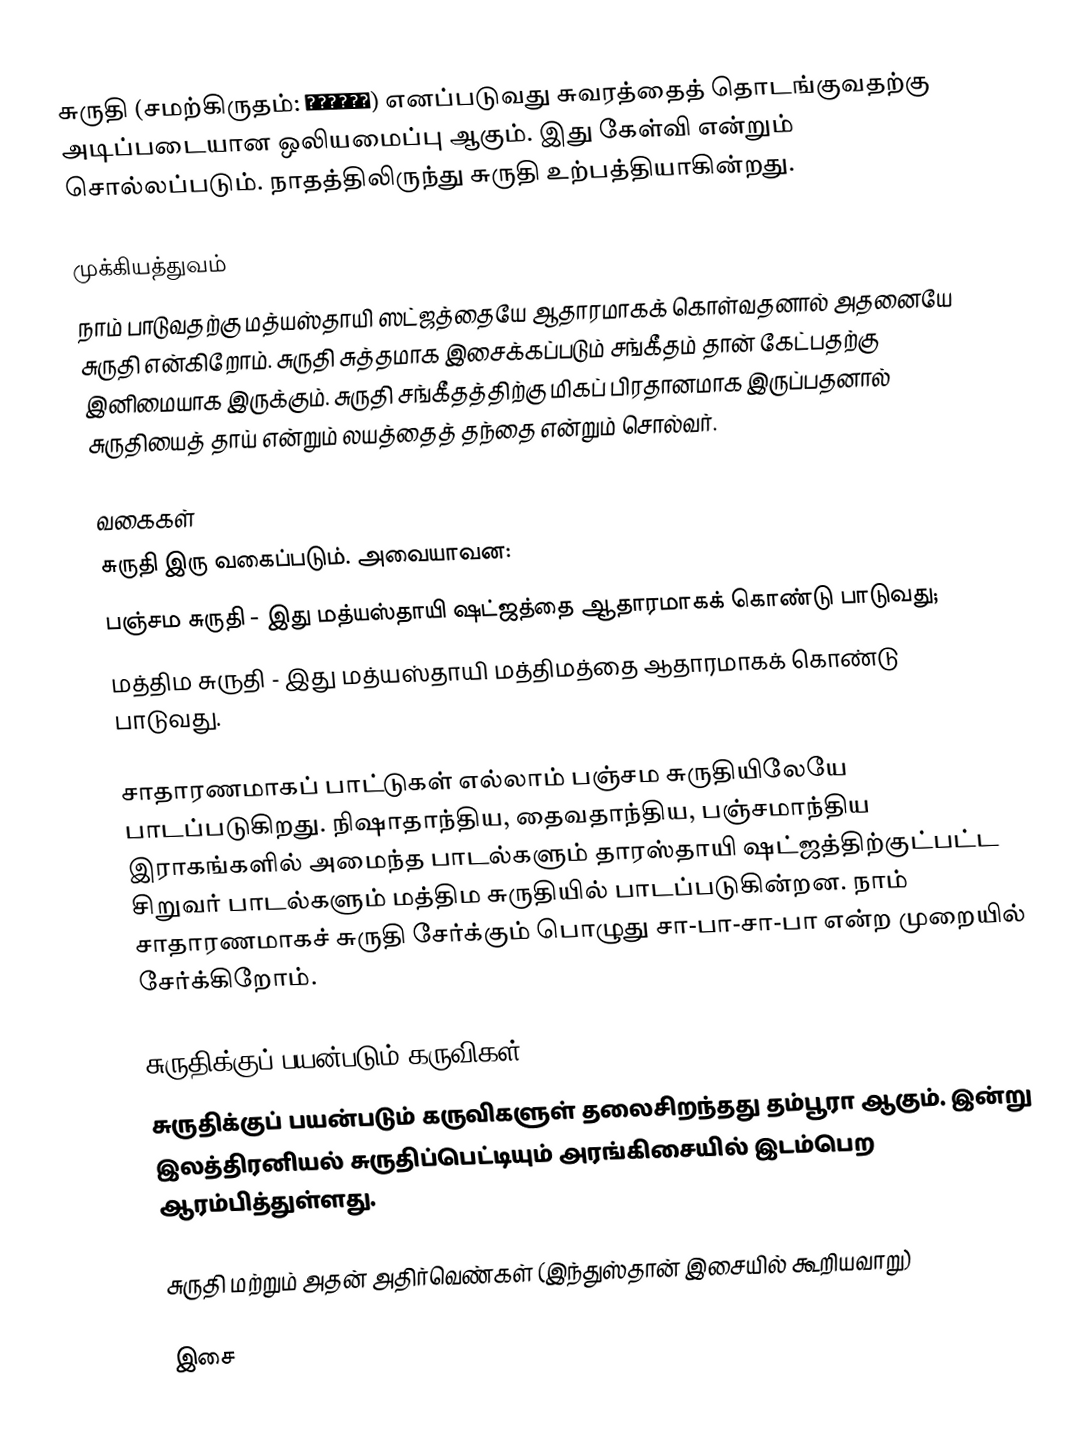
சுருதி (சமற்கிருதம்: श्रुति) எனப்படுவது சுவரத்தைத் தொடங்குவதற்கு அடிப்படையான ஒலியமைப்பு ஆகும். இது கேள்வி என்றும் சொல்லப்படும். நாதத்திலிருந்து சுருதி உற்பத்தியாகின்றது.

முக்கியத்துவம்
நாம் பாடுவதற்கு மத்யஸ்தாயி ஸட்ஜத்தையே ஆதாரமாகக் கொள்வதனால் அதனையே சுருதி என்கிறோம். சுருதி சுத்தமாக இசைக்கப்படும் சங்கீதம் தான் கேட்பதற்கு இனிமையாக இருக்கும். சுருதி சங்கீதத்திற்கு மிகப் பிரதானமாக இருப்பதனால் சுருதியைத் தாய் என்றும் லயத்தைத் தந்தை என்றும் சொல்வர்.

வகைகள்
சுருதி இரு வகைப்படும். அவையாவன:
 பஞ்சம சுருதி - இது மத்யஸ்தாயி ஷட்ஜத்தை ஆதாரமாகக் கொண்டு பாடுவது;
 மத்திம சுருதி - இது மத்யஸ்தாயி மத்திமத்தை ஆதாரமாகக் கொண்டு பாடுவது.

சாதாரணமாகப் பாட்டுகள் எல்லாம் பஞ்சம சுருதியிலேயே பாடப்படுகிறது. நிஷாதாந்திய, தைவதாந்திய, பஞ்சமாந்திய இராகங்களில் அமைந்த பாடல்களும் தாரஸ்தாயி ஷட்ஜத்திற்குட்பட்ட சிறுவர் பாடல்களும் மத்திம சுருதியில் பாடப்படுகின்றன. நாம் சாதாரணமாகச் சுருதி சேர்க்கும் பொழுது சா-பா-சா-பா என்ற முறையில் சேர்க்கிறோம்.

சுருதிக்குப் பயன்படும் கருவிகள்
சுருதிக்குப் பயன்படும் கருவிகளுள் தலைசிறந்தது தம்பூரா ஆகும். இன்று இலத்திரனியல் சுருதிப்பெட்டியும் அரங்கிசையில் இடம்பெற ஆரம்பித்துள்ளது.

சுருதி மற்றும் அதன் அதிர்வெண்கள் (இந்துஸ்தான் இசையில் கூறியவாறு)

இசை